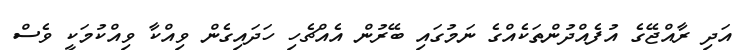
އަދި ރާއްޖޭގެ އުފެއްދުންތަކެއްގެ ނަމުގައި ބޭރުން އެއްޗެހި ހަދައިގެން ވިއްކާ ވިއްކުމަކީ ވެސް